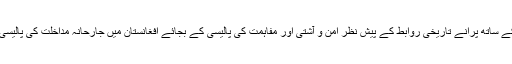
لیکن افغانستان کے ساتھ پرانے تاریخی روابط کے پیش نظر امن و آشتی اور مفاہمت کی پالیسی کے بجائے افغانستان میں جارحانہ مداخلت کی پالیسی اختیار کی گئی۔